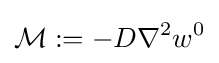
{\mathcal {M}}:=-D\nabla ^{2}w^{0}